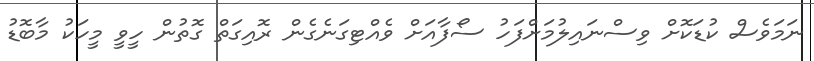
ނަމަވެސް ކުޑަކޮށް ވިސްނައިލުމަށްފަހު ސޯފާއަށް ވެއްޓިގަނެގެން ރޮއިގަތް ގޮތުން ހީވީ މީހަކު މާބޮޑު